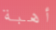
أهبة